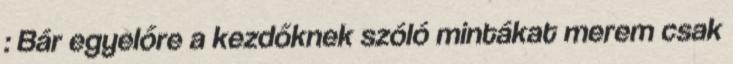
: Bár egyelőre a kezdőknek szóló mintákat merem csak